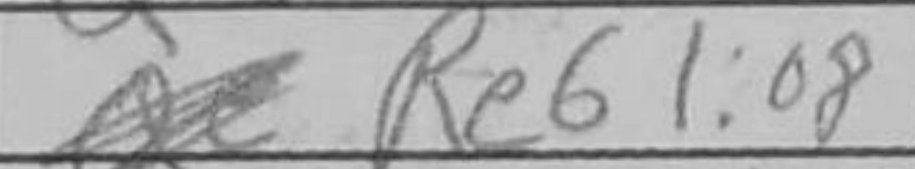
Transcription: Re6